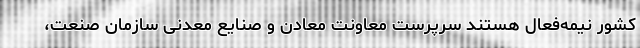
کشور نیمه‌فعال هستند سرپرست معاونت معادن و صنایع معدنی سازمان صنعت،